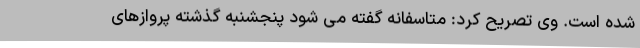
شده است. وی تصریح کرد: متاسفانه گفته می شود پنجشنبه گذشته پروازهای